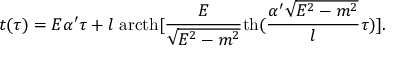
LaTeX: t ( \tau ) = E \alpha ^ { \prime } \tau + l \; \mathrm { a r c t h } [ \frac { E } { \sqrt { E ^ { 2 } - m ^ { 2 } } } \mathrm { t h } ( \frac { \alpha ^ { \prime } \sqrt { E ^ { 2 } - m ^ { 2 } } } { l } \tau ) ] .